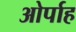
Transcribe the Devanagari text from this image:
ओर्पाह